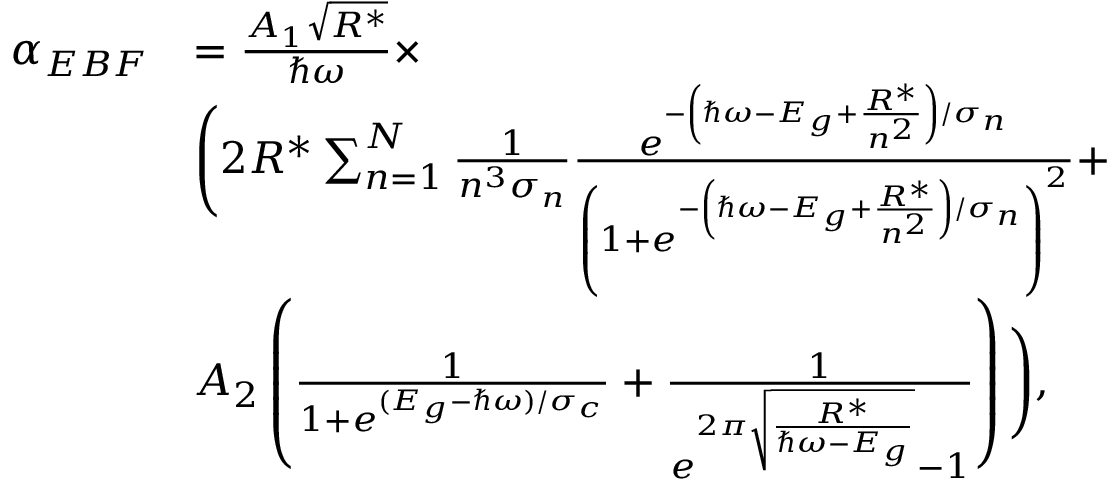
\begin{array} { r l } { \alpha _ { E B F } } & { = \frac { A _ { 1 } \sqrt { R ^ { * } } } { \hbar \omega } \times } \\ & { \Bigg ( 2 R ^ { * } \sum _ { n = 1 } ^ { N } \frac { 1 } { n ^ { 3 } \sigma _ { n } } \frac { e ^ { - \left( \hbar \omega - E _ { g } + \frac { R ^ { * } } { n ^ { 2 } } \right) / \sigma _ { n } } } { \left( 1 + e ^ { - \left( \hbar \omega - E _ { g } + \frac { R ^ { * } } { n ^ { 2 } } \right) / \sigma _ { n } } \right) ^ { 2 } } + } \\ & { A _ { 2 } \left( \frac { 1 } { 1 + e ^ { ( E _ { g } - \hbar \omega ) / \sigma _ { c } } } + \frac { 1 } { e ^ { 2 \pi \sqrt { \frac { R ^ { * } } { \hbar \omega - E _ { g } } } } - 1 } \right) \Bigg ) , } \end{array}